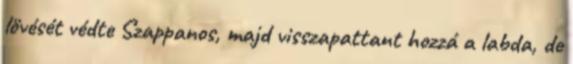
lövését védte Szappanos, majd visszapattant hozzá a labda, de